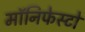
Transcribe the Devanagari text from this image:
मॉनिफेस्टो